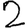
Digit: 2